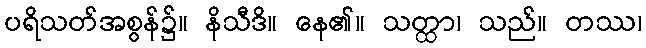
ပရိသတ်အစွန်၌။ နိသီဒိ။ နေ၏။ သတ္ထာ၊ သည်။ တဿ၊